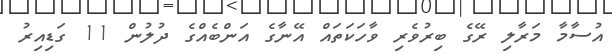
އުސާމާ މަރާލި ރޭގެ ބިރުވެރި ވާހަކަތައް އޭނާގެ އަންބެއްގެ ދުލުން 11 ގަޑިއިރު